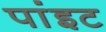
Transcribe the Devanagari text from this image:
पांइट